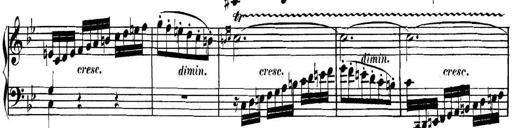
Title: Collected Piano Sonatas
Composer: Muzio Clementi